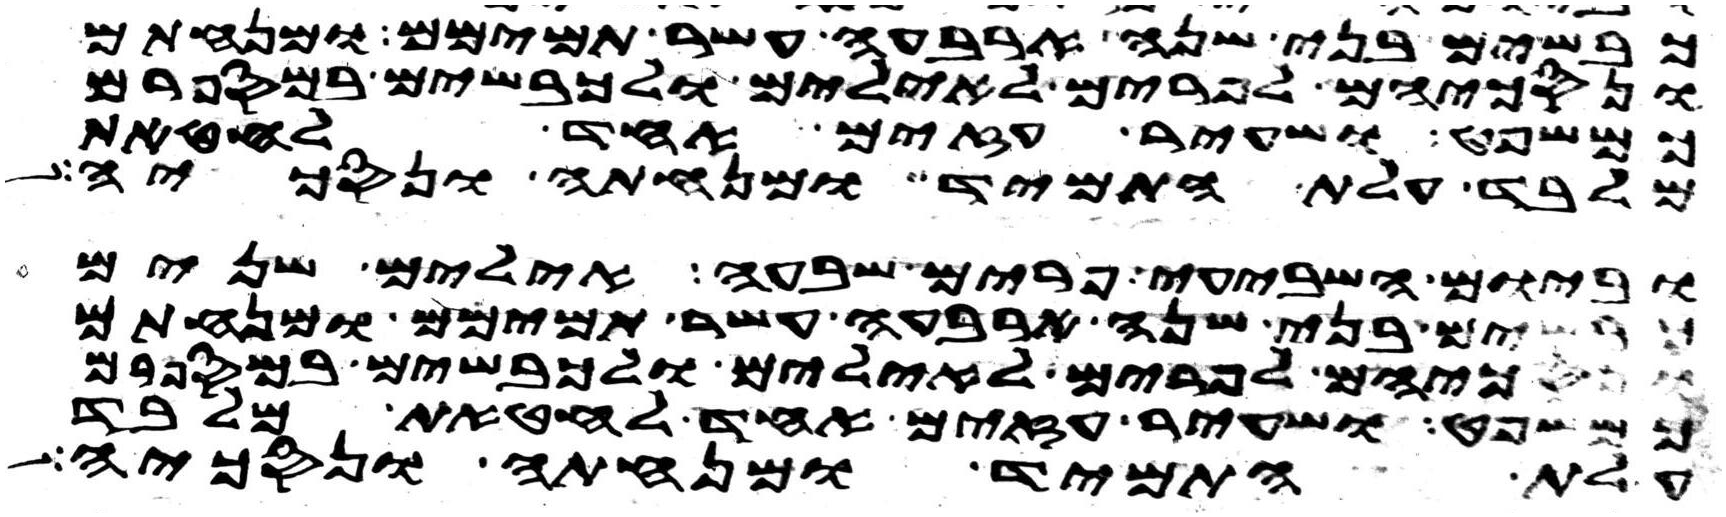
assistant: כבשים בני שנה ארבעה עשר תמימם ומנחתם
ונסכיהם לפרים לאילים ולכבשים במספרם
כמשפט ושעיר עזים אחד לחטאת
מלבד עלת התמיד ומנחתה ונסכיה
וביום השביעי פרים שבעה אילים שנים
כבשים בני שנה ארבעה עשר תמימם ומנחתם
ונסכיהם לפרים לאילים ולכבשים במספרם
כמשפט ושעיר עזים אחד לחטאת מלבד
עלת התמיד ומנחתה ונסכיה